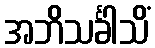
အဘိသင်္ခါသိံ